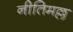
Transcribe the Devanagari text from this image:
नीतिमल्ल